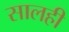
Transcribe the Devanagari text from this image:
सालही